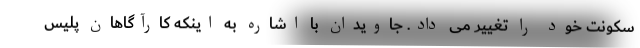
سکونت خود را تغییر می داد. جاویدان با اشاره به اینکه کارآگاهان پلیس